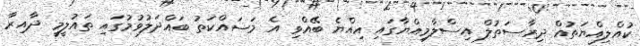
ކުއްލިއްޔަތުއް ދިރާސަތުލް އިސްލާމިއްޔާގައި އިއްޔެ ބޭއްވި އެ މަސައްކަތު ބައްދަލުވުމުގައި ތައުލީމީ ދާއިރާ